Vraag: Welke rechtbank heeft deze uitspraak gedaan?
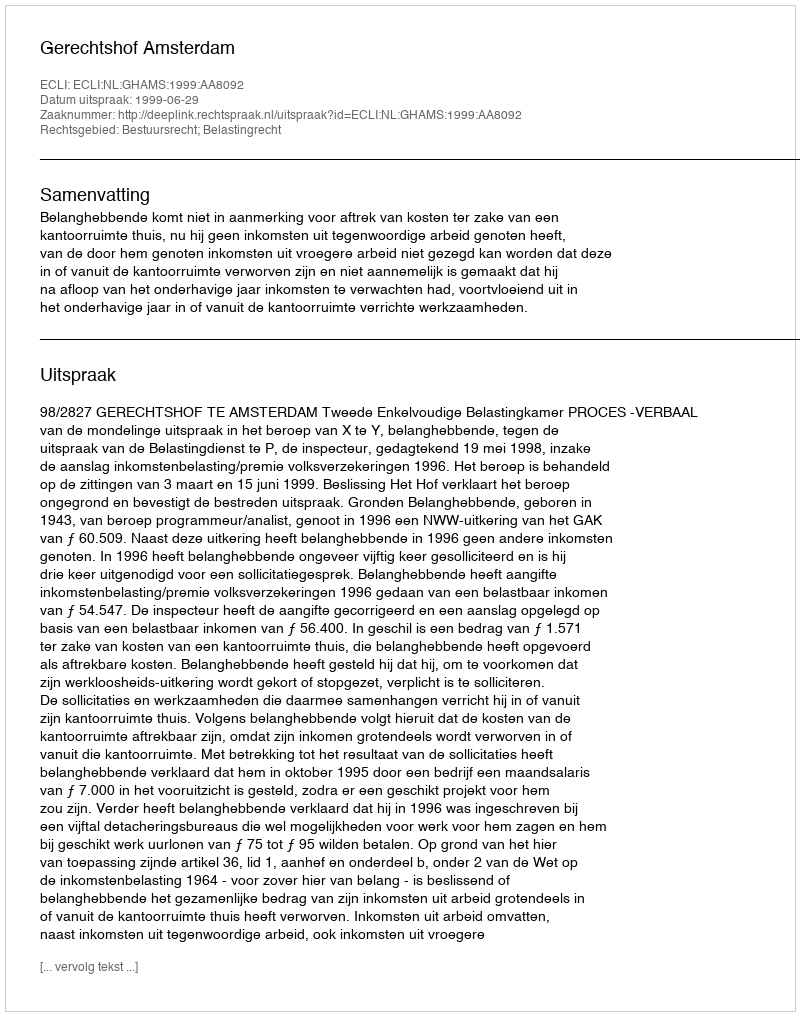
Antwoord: Gerechtshof Amsterdam